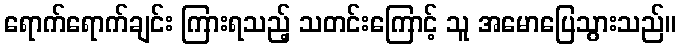
ရောက်ရောက်ချင်း ကြားရသည့် သတင်းကြောင့် သူ အမောပြေသွားသည်။